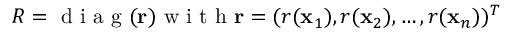
R = \mathrm { ~ d ~ i ~ a ~ g ~ } ( \mathbf { r } ) \mathrm { ~ w ~ i ~ t ~ h ~ } \mathbf { r } = ( r ( \mathbf { x } _ { 1 } ) , r ( \mathbf { x } _ { 2 } ) , \ldots , r ( \mathbf { x } _ { n } ) ) ^ { T }